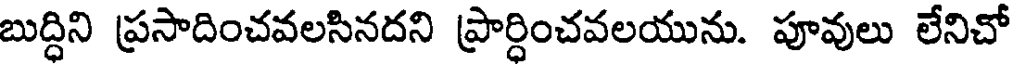
బుద్దిని ప్రసాదించవలసినదని ప్రార్దించవలయును. పూవులు లేనిచో